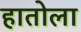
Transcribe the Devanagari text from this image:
हातोला